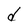
Character: d